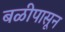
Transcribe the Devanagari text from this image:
बळीपासून